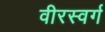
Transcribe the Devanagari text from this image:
वीरस्वर्ग